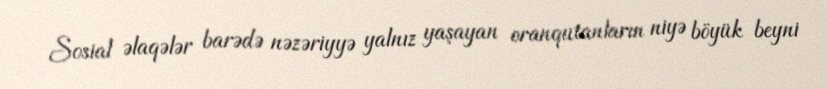
Sosial əlaqələr barədə nəzəriyyə yalnız yaşayan oranqutanların niyə böyük beyni